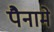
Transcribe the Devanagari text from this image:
पैनामे